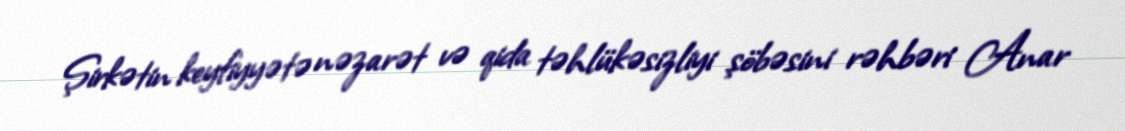
Şirkətin keyfiyyətə nəzarət və qida təhlükəsizliyi şöbəsini rəhbəri Anar